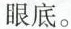
眼底。